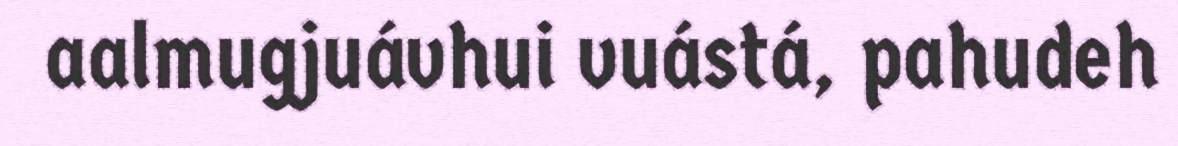
aalmugjuávhui vuástá, pahudeh